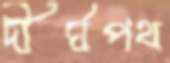
দীর্ঘপথ